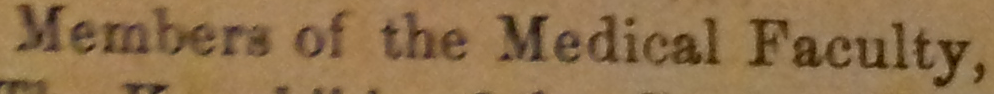
Members of the Medical Faculty.